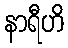
နာရီဟိ